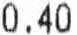
0.40